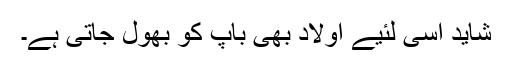
شاید اسی لئیے اولاد بھی باپ کو بھول جاتی ہے۔